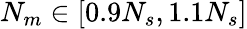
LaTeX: N_{m}\in[0.9N_{s},1.1N_{s}]